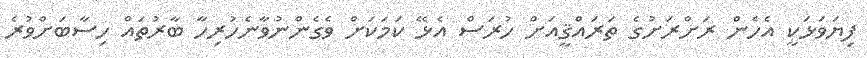
ފިޔަވަޅަކީ އެހެން ރަށްރަށުގެ ތަރައްޤީއަށް ހުރަސް އެޅޭ ކަމަކަށް ވެގެންނުވާނެހުރިހާ ބާރުތައް ހިސާބަށްވުރެ